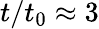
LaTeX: t/t_{0}\approx 3